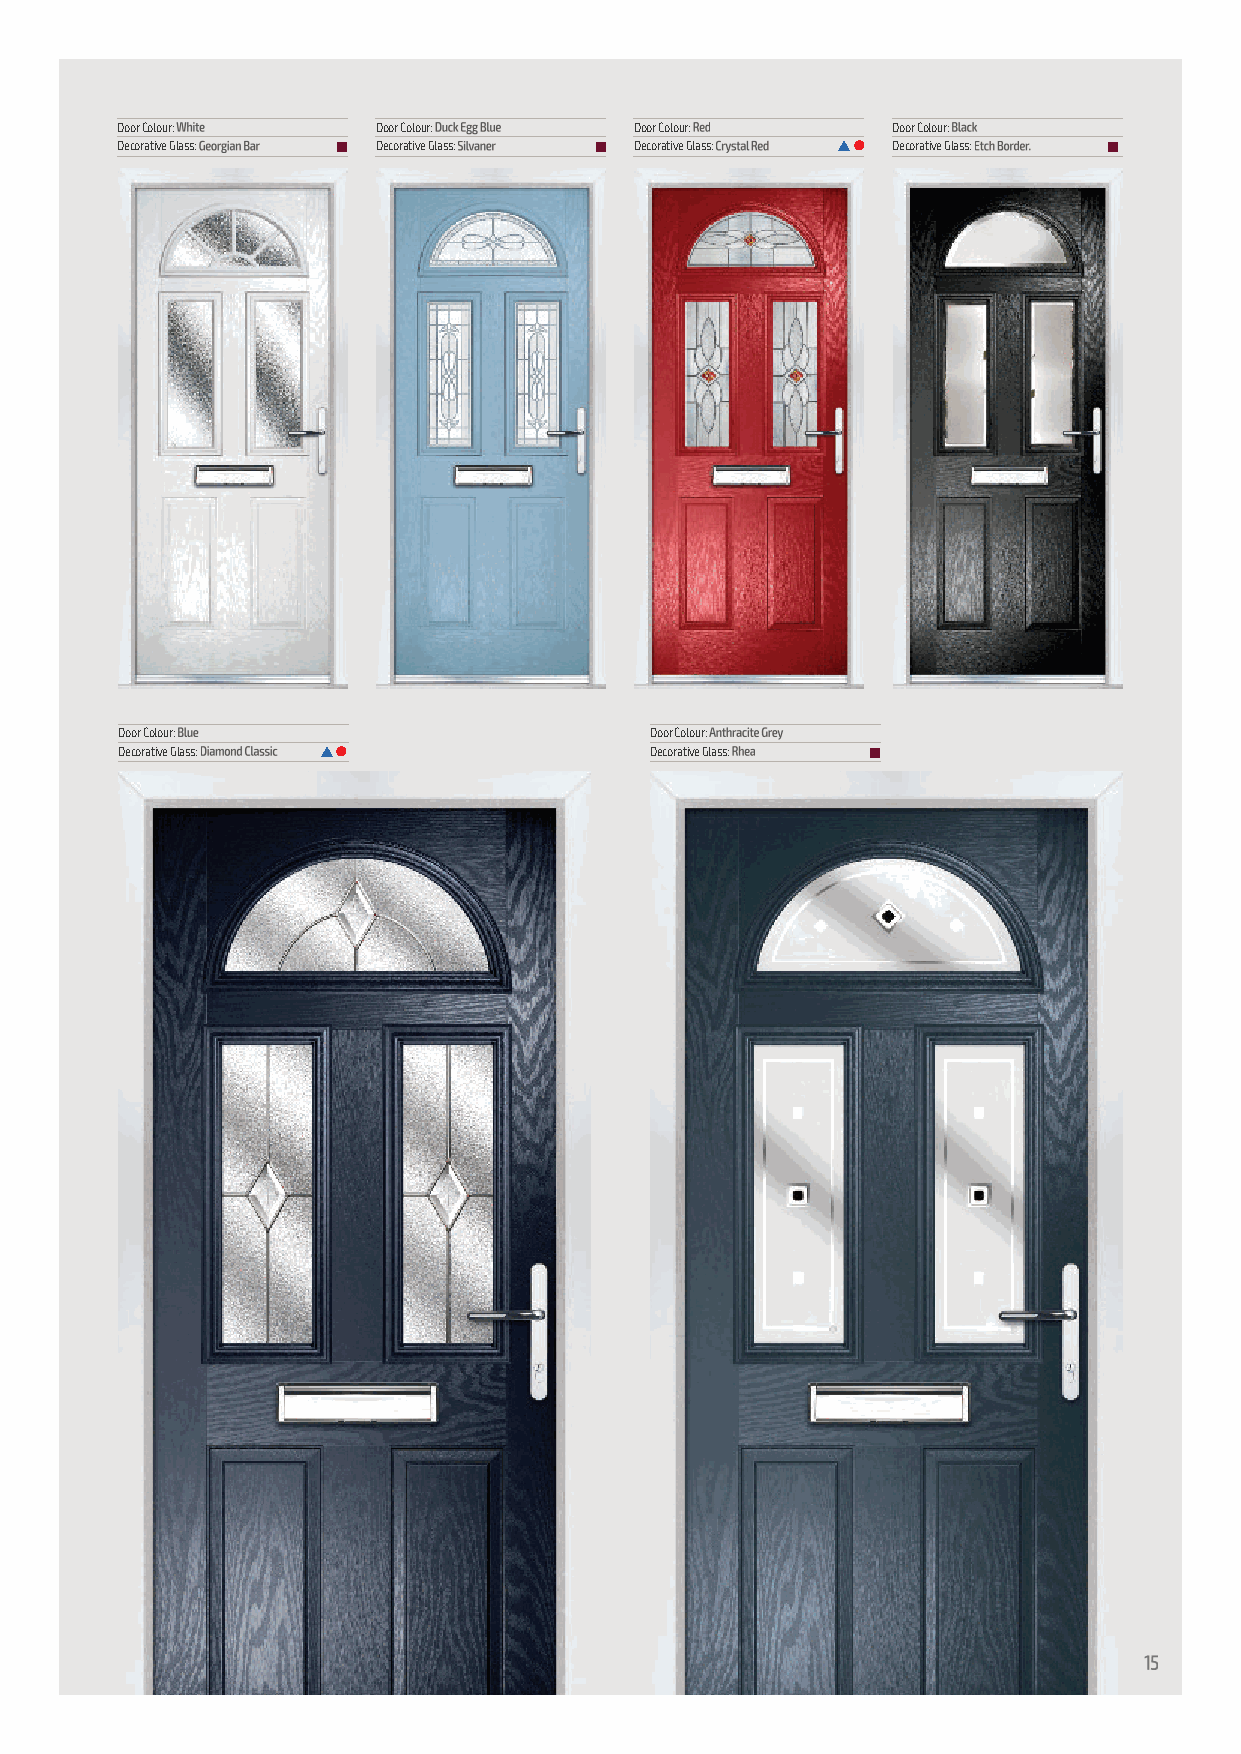
Door Colour:     Door Colour:     Door Colour:     Door Colour:
 Decorative Glass: n Decorative Glass: n Decorative Glass: s l Decorative Glass: n
 Door Colour:                       Door Colour:
 Decorative Glass: s l              Decorative Glass: n